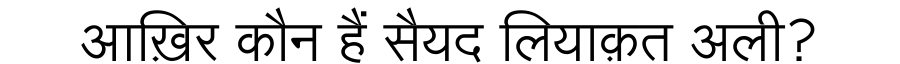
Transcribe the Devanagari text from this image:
आख़िर कौन हैं सैयद लियाक़त अली?